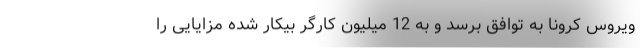
ویروس کرونا به توافق برسد و به 12 میلیون کارگر بیکار شده مزایایی را